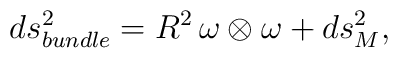
ds^{2}_{bundle}= R^{2}\,\omega \otimes \omega+ ds^{2}_{M},